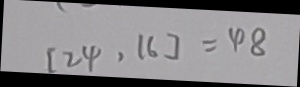
[ 2 4 , 1 6 ] = 4 8